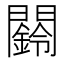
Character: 𮤧